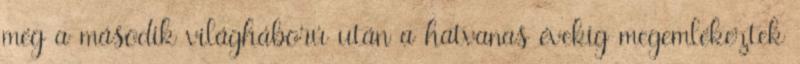
még a második világháború után a hatvanas évekig megemlékeztek